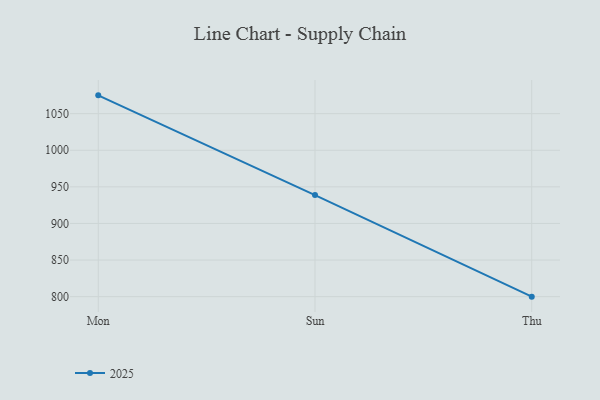
{"axis": {"x": "Day", "y": "Shipments"}, "legend": ["2025"], "data": [{"x": "Mon", "y": 1075.0, "type": "2025"}, {"x": "Sun", "y": 938.7, "type": "2025"}, {"x": "Thu", "y": 800, "type": "2025"}]}